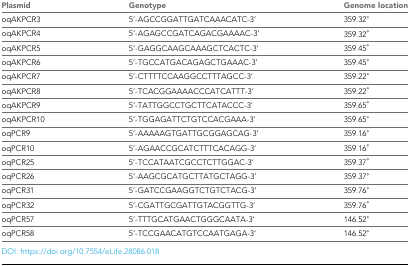
<table><thead><tr><td><b>Plasmid</b></td><td><b>Genotype</b></td><td><b>Genome location</b></td></tr></thead><tbody><tr><td>oqAKPCR3</td><td>5’-AGCCGGATTGATCAAACATC-3’</td><td>359.32°</td></tr><tr><td>oqAKPCR4</td><td>5’-AGAGCCGATCAGACGAAAAC-3’</td><td>359.32°</td></tr><tr><td>oqAKPCR5</td><td>5’-GAGGCAAGCAAAGCTCACTC-3’</td><td>359.45°</td></tr><tr><td>oqAKPCR6</td><td>5’-TGCCATGACAGAGCTGAAAC-3’</td><td>359.45°</td></tr><tr><td>oqAKPCR7</td><td>5’-CTTTTCCAAGGCCTTTAGCC-3’</td><td>359.22°</td></tr><tr><td>oqAKPCR8</td><td>5’-TCACGGAAAACCCATCATTT-3’</td><td>359.22°</td></tr><tr><td>oqAKPCR9</td><td>5’-TATTGGCCTGCTTCATACCC-3’</td><td>359.65°</td></tr><tr><td>oqAKPCR10</td><td>5’-TGGAGATTCTGTCCACGAAA-3’</td><td>359.65°</td></tr><tr><td>oqPCR9</td><td>5’-AAAAAGTGATTGCGGAGCAG-3’</td><td>359.16°</td></tr><tr><td>oqPCR10</td><td>5’-AGAACCGCATCTTTCACAGG-3’</td><td>359.16°</td></tr><tr><td>oqPCR25</td><td>5’-TCCATAATCGCCTCTTGGAC-3’</td><td>359.37°</td></tr><tr><td>oqPCR26</td><td>5’-AAGCGCATGCTTATGCTAGG-3’</td><td>359.37°</td></tr><tr><td>oqPCR31</td><td>5’-GATCCGAAGGTCTGTCTACG-3’</td><td>359.76°</td></tr><tr><td>oqPCR32</td><td>5’-CGATTGCGATTGTACGGTTG-3’</td><td>359.76°</td></tr><tr><td>oqPCR57</td><td>5’-TTTGCATGAACTGGGCAATA-3’</td><td>146.52°</td></tr><tr><td>oqPCR58</td><td>5’-TCCGAACATGTCCAATGAGA-3’</td><td>146.52°</td></tr></tbody></table>